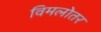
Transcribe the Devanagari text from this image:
विमलोतर